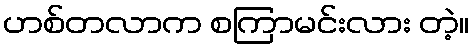
ဟစ်တလာက စကြာမင်းလား တဲ့။